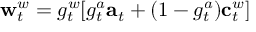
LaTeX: \mathbf { w } _ { t } ^ { w } = g _ { t } ^ { w } [ g _ { t } ^ { a } \mathbf { a } _ { t } + ( 1 - g _ { t } ^ { a } ) \mathbf { c } _ { t } ^ { w } ]